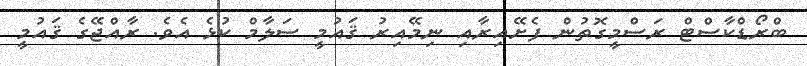
ބްރޯޑްކާސްޓް ރަސްމީގޮތުން ފެށޭއިރާއި ނިމޭއިރު ޤައުމީ ސަލާމް ކުޅެ އެވެ. ރާއްޖޭގެ ޤައުމީ